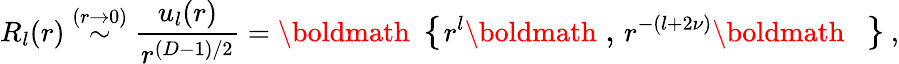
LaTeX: R_{l}(r)\stackrel{(r\rightarrow 0)}{\sim}\frac{u_{l}(r)}{r^{({D}-1)/2}}=\mathrm{\boldmath\large~\left\{ ~\right.~}\! \! \! r^{l}\mathrm{\boldmath\large~,~}\! r^{-(l+2\nu)}\mathrm{\boldmath\large~\left.~\right\} ~}\! \! \; ,